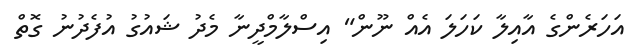
އަހަރެންގެ އާއިލާ ކަހަލަ އެއް ނޫން" އިސްލާމްދީނާ މެދު ޝައުގު އުފެދުނު ގޮތް